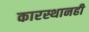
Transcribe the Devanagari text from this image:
कारस्थानही